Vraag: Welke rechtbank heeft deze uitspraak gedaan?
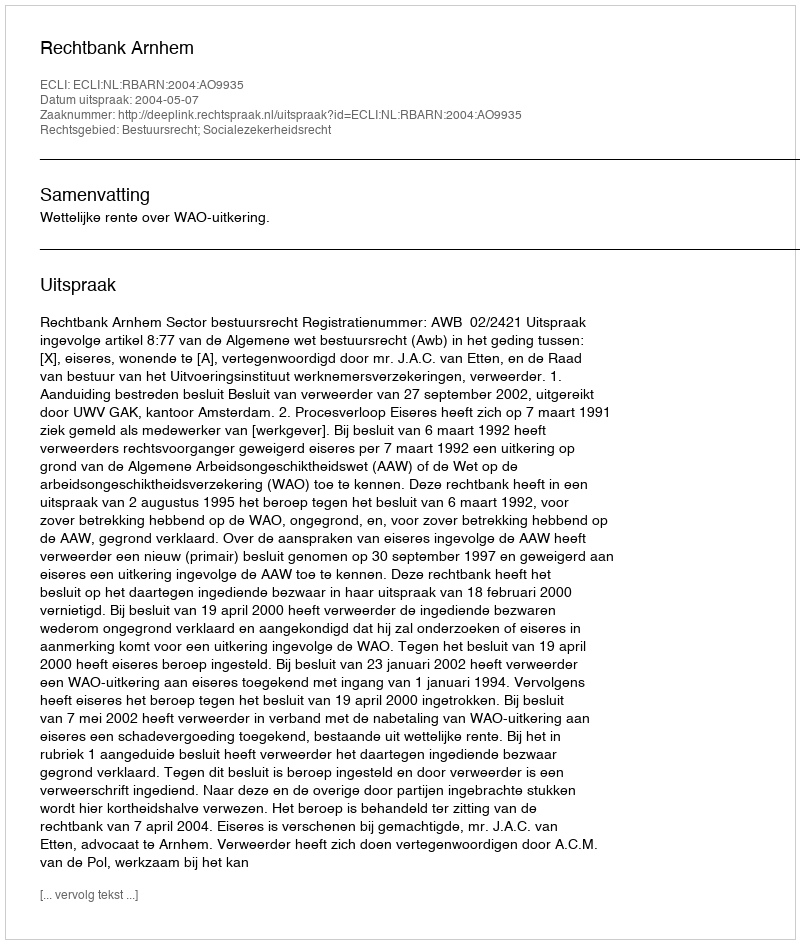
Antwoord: Rechtbank Arnhem